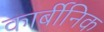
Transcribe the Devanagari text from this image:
कार्बीनिक